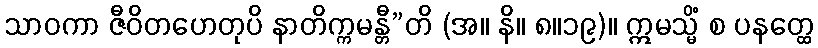
သာဝကာ ဇီဝိတဟေတုပိ နာတိက္ကမန္တီ”တိ (အ။ နိ။ ၈။၁၉)။ ဣမသ္မိံ စ ပနတ္ထေ